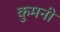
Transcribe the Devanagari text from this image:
कुमनी